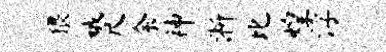
猥娥尺余神淅比煌浮